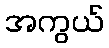
အကွယ်